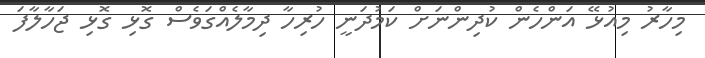
މިހާރު މިއުޅޭ އަންހެން ކުދިންނަށް ކަމުދަނީ ހުރިހާ ދިމާލެއްގަވެސް ގޮޅި ގޮޅި ޖަހާލާފަ